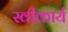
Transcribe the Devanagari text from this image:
स्‍वीकार्य